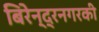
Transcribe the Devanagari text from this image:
बिरेन्द्रनगरकी